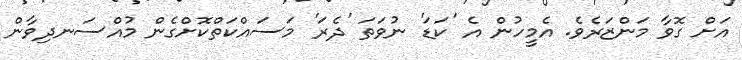
އަށް ގޮވާ މަންޒަރެވެ. އެމީހުން އެ 'ކަޑަ' ނުވަތަ 'ދެރަ' މަސައްކަތްކޮށްގެން މުއްސަނދިވާން